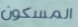
المسكون